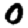
Digit: 0